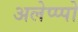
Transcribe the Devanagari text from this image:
अलेप्प्पो